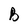
Character: B